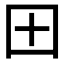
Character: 𫭂